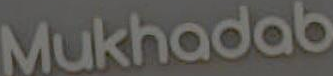
Mukhadab